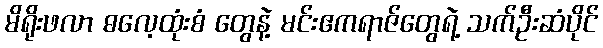
မိရိုးဖလာ ဓလေ့ထုံးစံ တွေနဲ့ မင်းဧကရာဇ်တွေရဲ့ သက်ဦးဆံပိုင်